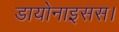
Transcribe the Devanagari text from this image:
डायोनाइसस।